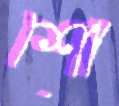
শো